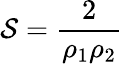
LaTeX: \mathcal{S}={\frac{{2}}{{\rho_{1}\rho_{2}}}}